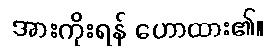
အားကိုးရန် ဟောထား၏။